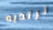
ترتديه